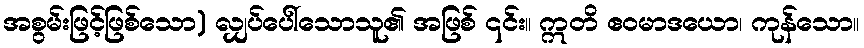
အစွမ်းဖြင့်ဖြစ်သော) လျှပ်ပေါ်သောသူ၏ အဖြစ် ၎င်း။ ဣတိ ဧဝမာဒယော၊ ကုန်သော။